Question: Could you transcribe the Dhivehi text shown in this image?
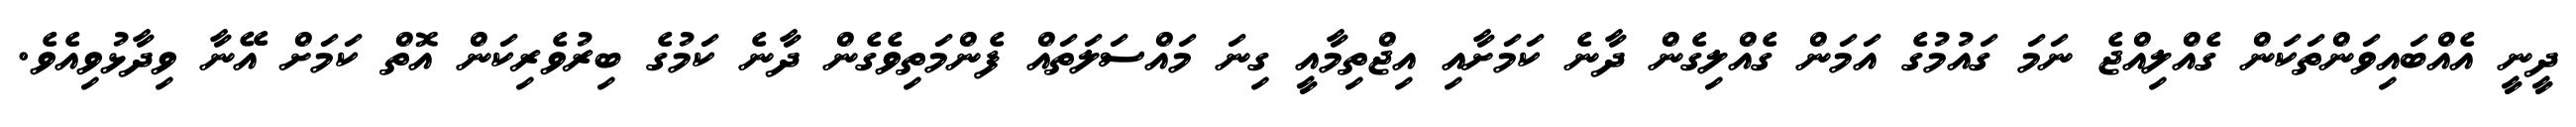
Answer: ދީނީ އެއްބައިވަންތަކަން ގެއްލިއްޖެ ނަމަ ގައުމުގެ އަމަން ގެއްލިގެން ދާނެ ކަމަށާއި އިޖްތިމާއީ ގިނަ މައްސަލަތައް ފެންމަތިވެގެން ދާނެ ކަމުގެ ބިރުވެރިކަން އޮތް ކަމަށް އޭނާ ވިދާޅުވިއެވެ.